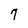
Character: 7